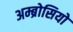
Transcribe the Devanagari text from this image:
अम्ब्रोसियो